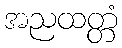
အညထတ္တံ